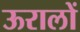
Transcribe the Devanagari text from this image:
ऊरालों